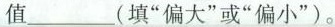
值___(填“偏大”或“偏小”)。